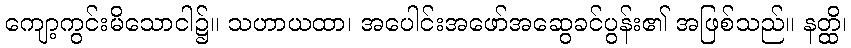
ကျော့ကွင်းမိသောငါ၌။ သဟာယထာ၊ အပေါင်းအဖော်အဆွေခင်ပွန်း၏ အဖြစ်သည်။ နတ္ထိ၊